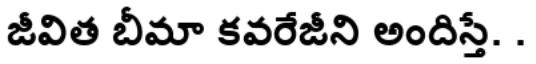
జీవిత బీమా కవరేజీని అందిస్తే. .